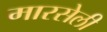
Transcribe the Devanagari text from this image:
मारसेली